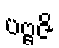
ပဗ္ဗဇိ